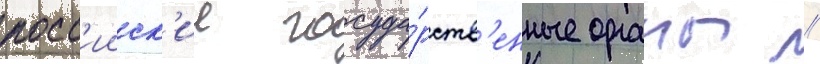
росс'ииск'ие госуда́рств'енные органы //